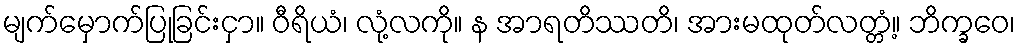
မျက်မှောက်ပြုခြင်းငှာ။ ဝီရိယံ၊ လုံ့လကို။ န အာရတိဿတိ၊ အားမထုတ်လတ္တံ့။ ဘိက္ခဝေ၊